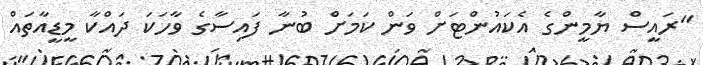
"ރައީސް ޔާމީންގެ އެކައުންޓަށް ވަން ކަމަށް ބުނާ ފައިސާގެ ވާހަކަ ދައްކާ މީޑީއާތައް